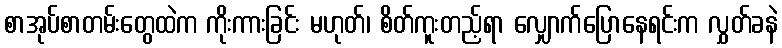
စာအုပ်စာတမ်းတွေထဲက ကိုးကားခြင်း မဟုတ်၊ စိတ်ကူးတည့်ရာ လျှောက်ပြောနေရင်းက လွှတ်ခနဲ